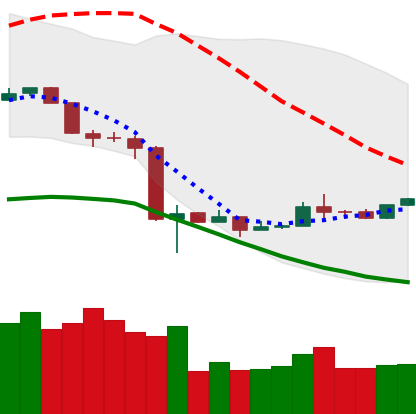
Ticker: NEO-USD
Chart end date: 2020-03-24
Forward return: -9.8%
Label: down_7plus